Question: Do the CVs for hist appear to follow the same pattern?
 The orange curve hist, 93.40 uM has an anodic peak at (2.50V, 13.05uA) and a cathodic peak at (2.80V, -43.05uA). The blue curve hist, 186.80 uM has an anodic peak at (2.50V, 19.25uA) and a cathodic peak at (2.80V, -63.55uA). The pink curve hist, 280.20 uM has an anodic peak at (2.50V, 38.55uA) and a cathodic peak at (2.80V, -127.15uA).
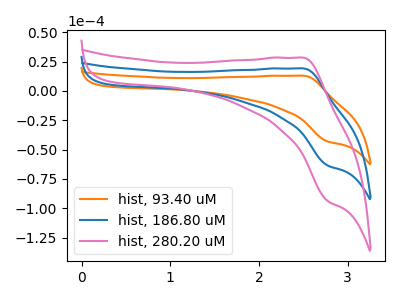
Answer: <think>All the peaks in "hist, 93.40 uM" have a peak in "hist, 186.80 uM" at the same potential. Every peak in "hist, 93.40 uM" is lower than every peak in "hist, 186.80 uM". All the peaks in "hist, 93.40 uM" have a peak in "hist, 280.20 uM" at the same potential. Every peak in "hist, 93.40 uM" is lower than every peak in "hist, 280.20 uM". All the peaks in "hist, 186.80 uM" have a peak in "hist, 280.20 uM" at the same potential. Every peak in "hist, 186.80 uM" is lower than every peak in "hist, 280.20 uM".
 </think>
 <answer>All the CV's of "hist" have similar shape.</answer>
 <eval>follow_rule</eval>